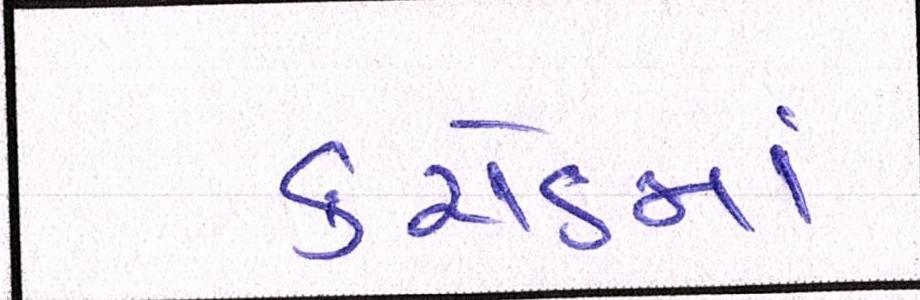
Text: કરોડમાં